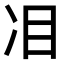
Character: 𠖻